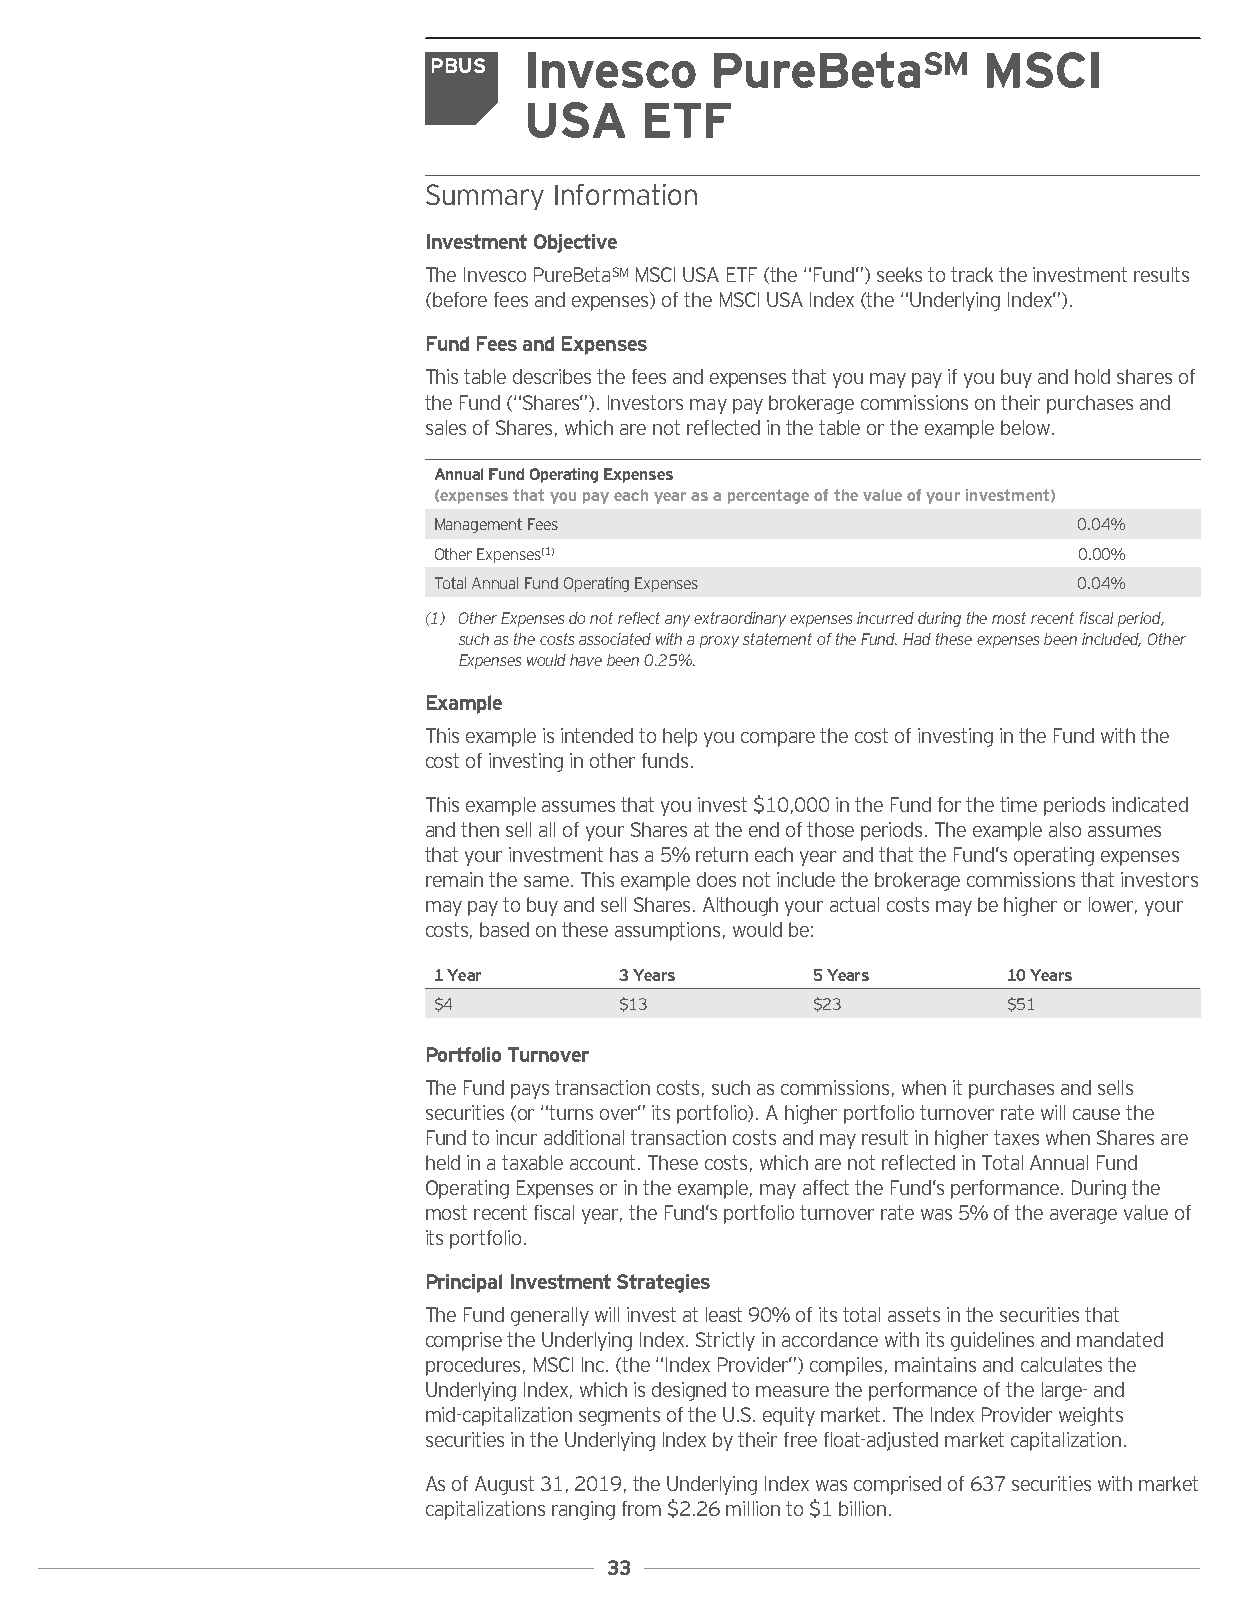
Invesco     PureBetaSM        MSCI
 PBUS
 USA    ETF
 Summary  Information
 InvestmentObjective
 TheInvescoPureBetaSMMSCIUSAETF(the“Fund”)seekstotracktheinvestmentresults
 (beforefeesandexpenses)oftheMSCIUSAIndex(the“UnderlyingIndex”).
 FundFeesandExpenses
 Thistabledescribesthefeesandexpensesthatyoumaypayifyoubuyandholdsharesof
 theFund(“Shares”).Investorsmaypaybrokeragecommissionsontheirpurchasesand
 salesofShares,whicharenotreflectedinthetableortheexamplebelow.
 AnnualFundOperatingExpenses
 (expensesthatyoupayeachyearasapercentageofthevalueofyourinvestment)
 ManagementFees                            0.04%
 OtherExpenses(1)                          0.00%
 TotalAnnualFundOperatingExpenses          0.04%
 (1) OtherExpensesdonotreflectanyextraordinaryexpensesincurredduringthemostrecentfiscalperiod,
 suchasthecostsassociatedwithaproxystatementoftheFund.Hadtheseexpensesbeenincluded,Other
 Expenseswouldhavebeen0.25%.
 Example
 ThisexampleisintendedtohelpyoucomparethecostofinvestingintheFundwiththe
 costofinvestinginotherfunds.
 Thisexampleassumesthatyouinvest$10,000intheFundforthetimeperiodsindicated
 andthensellallofyourSharesattheendofthoseperiods.Theexamplealsoassumes
 thatyourinvestmenthasa5%returneachyearandthattheFund’soperatingexpenses
 remainthesame.Thisexampledoesnotincludethebrokeragecommissionsthatinvestors
 maypaytobuyandsellShares.Althoughyouractualcostsmaybehigherorlower,your
 costs,basedontheseassumptions,wouldbe:
 1Year       3Years       5Years       10Years
 $4          $13          $23          $51
 PortfolioTurnover
 TheFundpaystransactioncosts,suchascommissions,whenitpurchasesandsells
 securities(or“turnsover”itsportfolio).Ahigherportfolioturnoverratewillcausethe
 FundtoincuradditionaltransactioncostsandmayresultinhighertaxeswhenSharesare
 heldinataxableaccount.Thesecosts,whicharenotreflectedinTotalAnnualFund
 OperatingExpensesorintheexample,mayaffecttheFund’sperformance.Duringthe
 mostrecentfiscalyear,theFund’sportfolioturnoverratewas5%oftheaveragevalueof
 itsportfolio.
 PrincipalInvestmentStrategies
 TheFundgenerallywillinvestatleast90%ofitstotalassetsinthesecuritiesthat
 comprisetheUnderlyingIndex.Strictlyinaccordancewithitsguidelinesandmandated
 procedures,MSCIInc.(the“IndexProvider”)compiles,maintainsandcalculatesthe
 UnderlyingIndex,whichisdesignedtomeasuretheperformanceofthelarge-and
 mid-capitalizationsegmentsoftheU.S.equitymarket.TheIndexProviderweights
 securitiesintheUnderlyingIndexbytheirfreefloat-adjustedmarketcapitalization.
 AsofAugust31,2019,theUnderlyingIndexwascomprisedof637securitieswithmarket
 capitalizationsrangingfrom$2.26millionto$1billion.
 33